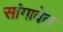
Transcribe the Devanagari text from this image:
सांगावेत